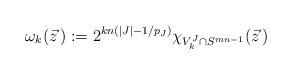
LaTeX: \begin{align*}\omega_k(\vec{z}\,):= 2^{kn( |J|-1/p_J ) }\chi_{V_k^J\cap S^{mn-1}}(\vec{z}\,) \end{align*}